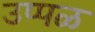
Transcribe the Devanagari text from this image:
उप्पळ